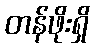
တန်ဖိုးရှိ